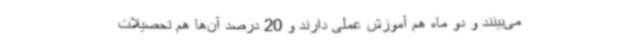
می‌بینند و دو ماه هم آموزش عملی دارند و 20 درصد آن‌ها هم تحصیلات